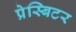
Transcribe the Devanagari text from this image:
प्रेस्बिटर